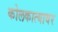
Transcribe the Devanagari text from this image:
कोलकात्यावर